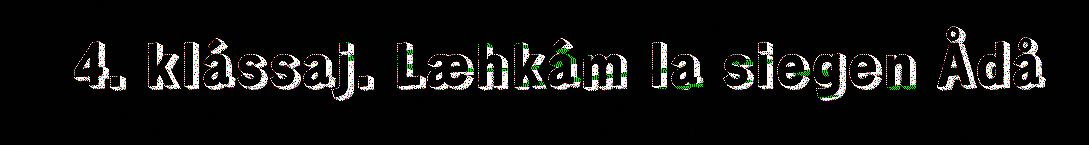
4. klássaj. Læhkám la siegen Ådå